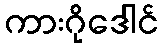
ကားဂိုဒေါင်